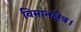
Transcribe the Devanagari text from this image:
विमानक्षेत्र।